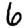
Digit: 6